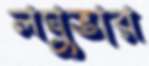
লঘুভার